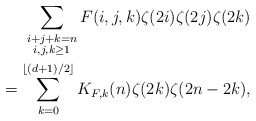
\begin{align*} \sum_{\substack{i+j+k=n\\ i,j,k\ge 1}} F(i,j,k) \zeta(2i) \zeta(2j) \zeta(2k) \\= \sum_{k=0}^{\lfloor(d+1)/2\rfloor} K_{F,k}(n)\zeta(2k)\zeta(2n-2k),\end{align*}